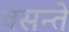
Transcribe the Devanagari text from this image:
वसन्ते